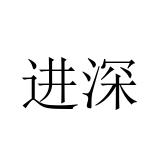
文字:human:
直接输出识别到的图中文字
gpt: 进深